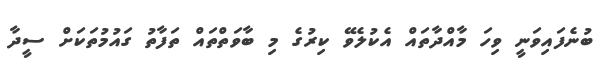
ބުނެފައިވަނީ ވިހަ މާއްދާތައް އެކުލެވޭ ކިރުގެ މި ބާވަތްތައް ތަފާތު ގައުމުތަކަށް ސީދާ